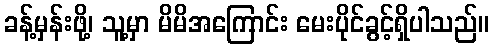
ခန့်မှန်းဖို့၊ သူ့မှာ မိမိအကြောင်း မေးပိုင်ခွင့်ရှိပါသည်။